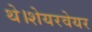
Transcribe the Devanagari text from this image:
थे।शेयरवेयर